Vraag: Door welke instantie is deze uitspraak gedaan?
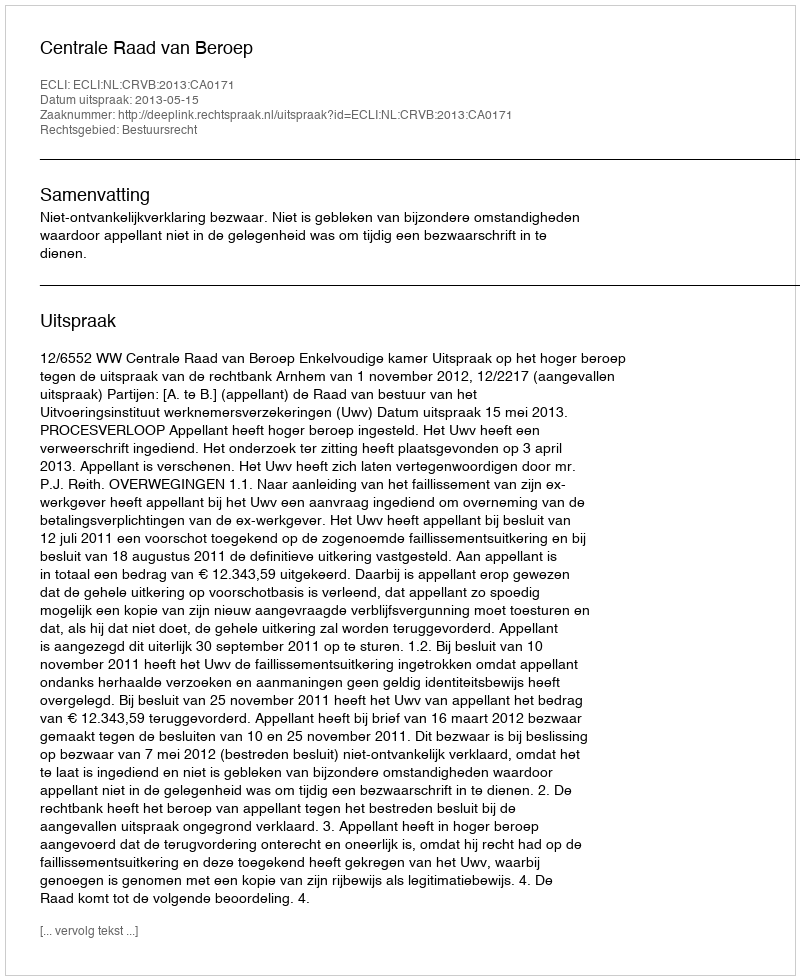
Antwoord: Centrale Raad van Beroep